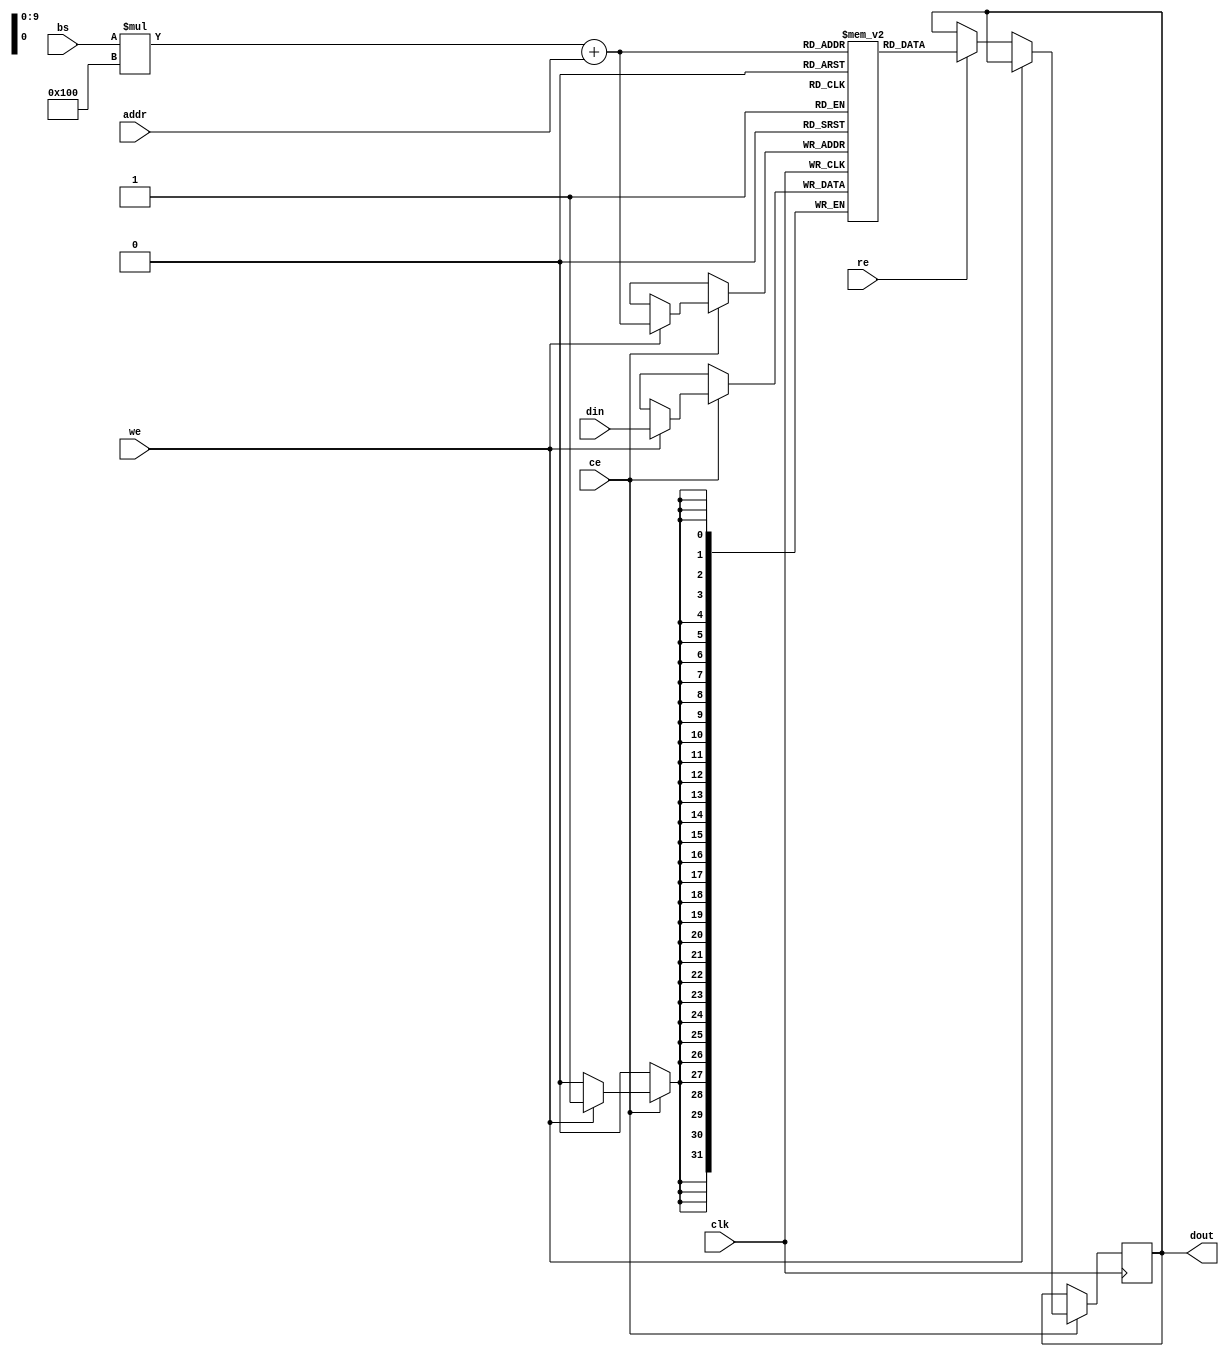
module multibank_sram #(
    parameter NUM_BANKS = 4,        // Number of banks
    parameter ADDR_WIDTH = 8,        // Address width for each bank
    parameter DATA_WIDTH = 32         // Data width for each bank
)(
    input wire clk,                  // Clock signal
    input wire ce,                   // Chip Enable
    input wire re,                   // Read Enable
    input wire we,                   // Write Enable
    input wire [NUM_BANKS-1:0] bs,   // Bank Select
    input wire [ADDR_WIDTH-1:0] addr, // Address for selected bank
    input wire [DATA_WIDTH-1:0] din,  // Data input
    output reg [DATA_WIDTH-1:0] dout // Data output
);

    // Declare the memory banks
    reg [DATA_WIDTH-1:0] memory [0:NUM_BANKS-1][0:(1<<ADDR_WIDTH)-1]; // 2D array for multibank SRAM

    // Read and Write operations
    always @(posedge clk) begin
        if (ce) begin
            if (we) begin
                // Write operation
                memory[bs][addr] <= din;
            end else if (re) begin
                // Read operation
                dout <= memory[bs][addr];
            end
        end
    end

endmodule